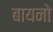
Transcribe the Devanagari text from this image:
बायनो